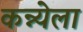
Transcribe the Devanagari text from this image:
कन्न्येला